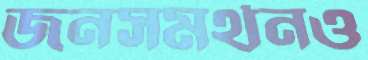
জনসমর্থনও